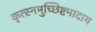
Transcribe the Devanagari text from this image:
कृत्स्नमुच्छिष्टमादाय